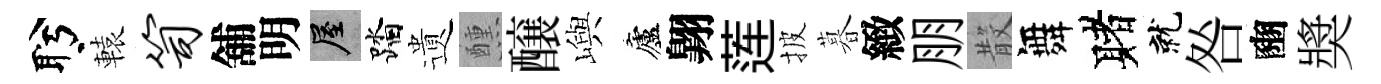
盻轅笥舖明屋踏遺醺醸嶼廬翺莲披暮緻朋𣪚舞赌就咎豳奬